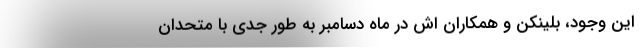
این وجود، بلینکن و همکاران اش در ماه دسامبر به طور جدی با متحدان